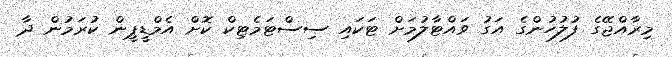
މިރާއްޖޭގެ ފުލުހުންގެ އަގު ވައްޓާލުމަށް ޓަކައި ސިސްޓަމެޓިކް ކޮށް އެމްޑީޕީން ކުރަމުން ދާ